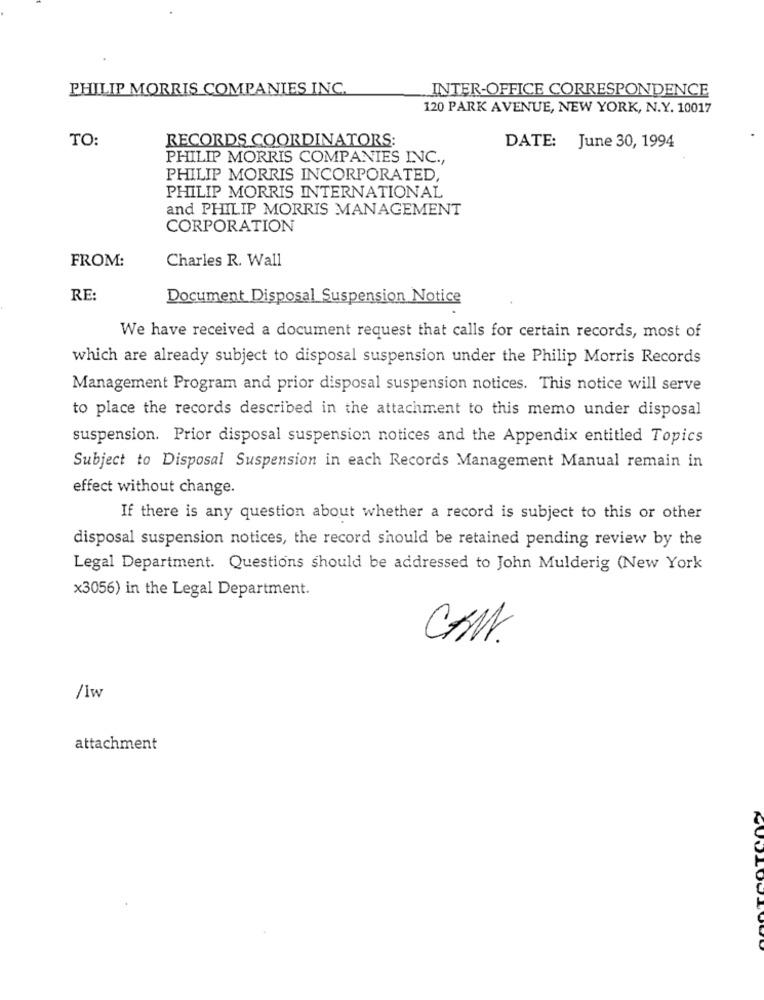
PHILIP MORRIS COMPANIES INC.
INTER-OFFICE CORRESPONDENCE
120 PARK AVENUE, NEW YORK, N.Y. 10017
TO:
RECORDS COORDINATORS:
DATE: June 30, 1994
PHILIP MORRIS COMPANIES INC .,
PHILIP MORRIS INCORPORATED,
PHILIP MORRIS INTERNATIONAL
and PHILIP MORRIS MANAGEMENT
CORPORATION
FROM:
Charles R. Wall
RE:
Document Disposal Suspension Notice
We have received a document request that calls for certain records, most of
which are already subject to disposal suspension under the Philip Morris Records
Management Program and prior disposal suspension notices. This notice will serve
to place the records described in the attachment to this memo under disposal
suspension. Prior disposal suspension notices and the Appendix entitled Topics
Subject to Disposal Suspension in each Records Management Manual remain in
effect without change.
If there is any question about whether a record is subject to this or other
disposal suspension notices, the record should be retained pending review by the
Legal Department. Questions should be addressed to John Mulderig (New York
x3056) in the Legal Department.
CAN.
/1w
attachment